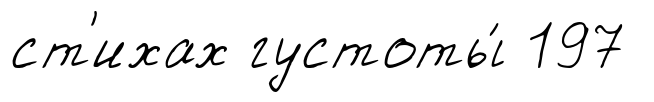
ст'ихах густоты́ 197